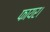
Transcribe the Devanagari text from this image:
फायर।